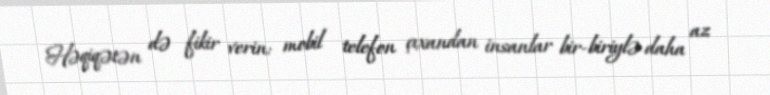
Həqiqətən də fikir verin: mobil telefon çıxandan insanlar bir-biriylə daha az